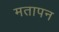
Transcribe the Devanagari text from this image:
मतापन